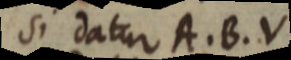
Si datur A. B. V